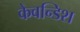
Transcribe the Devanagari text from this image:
केवन्डिश